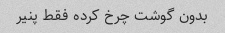
بدون گوشت چرخ کرده فقط پنیر